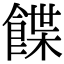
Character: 䭎